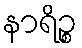
နာရိဉ္စ